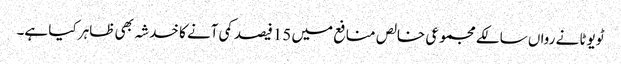
ٹویوٹا نے رواں سالکے مجموعی خالص منافع میں 15فیصد کمی آنے کا خدشہ بھی ظاہر کیا ہے۔